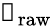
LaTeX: \boldsymbol{\mathscr{S}}_{\mathrm{{raw}}}